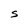
Character: S